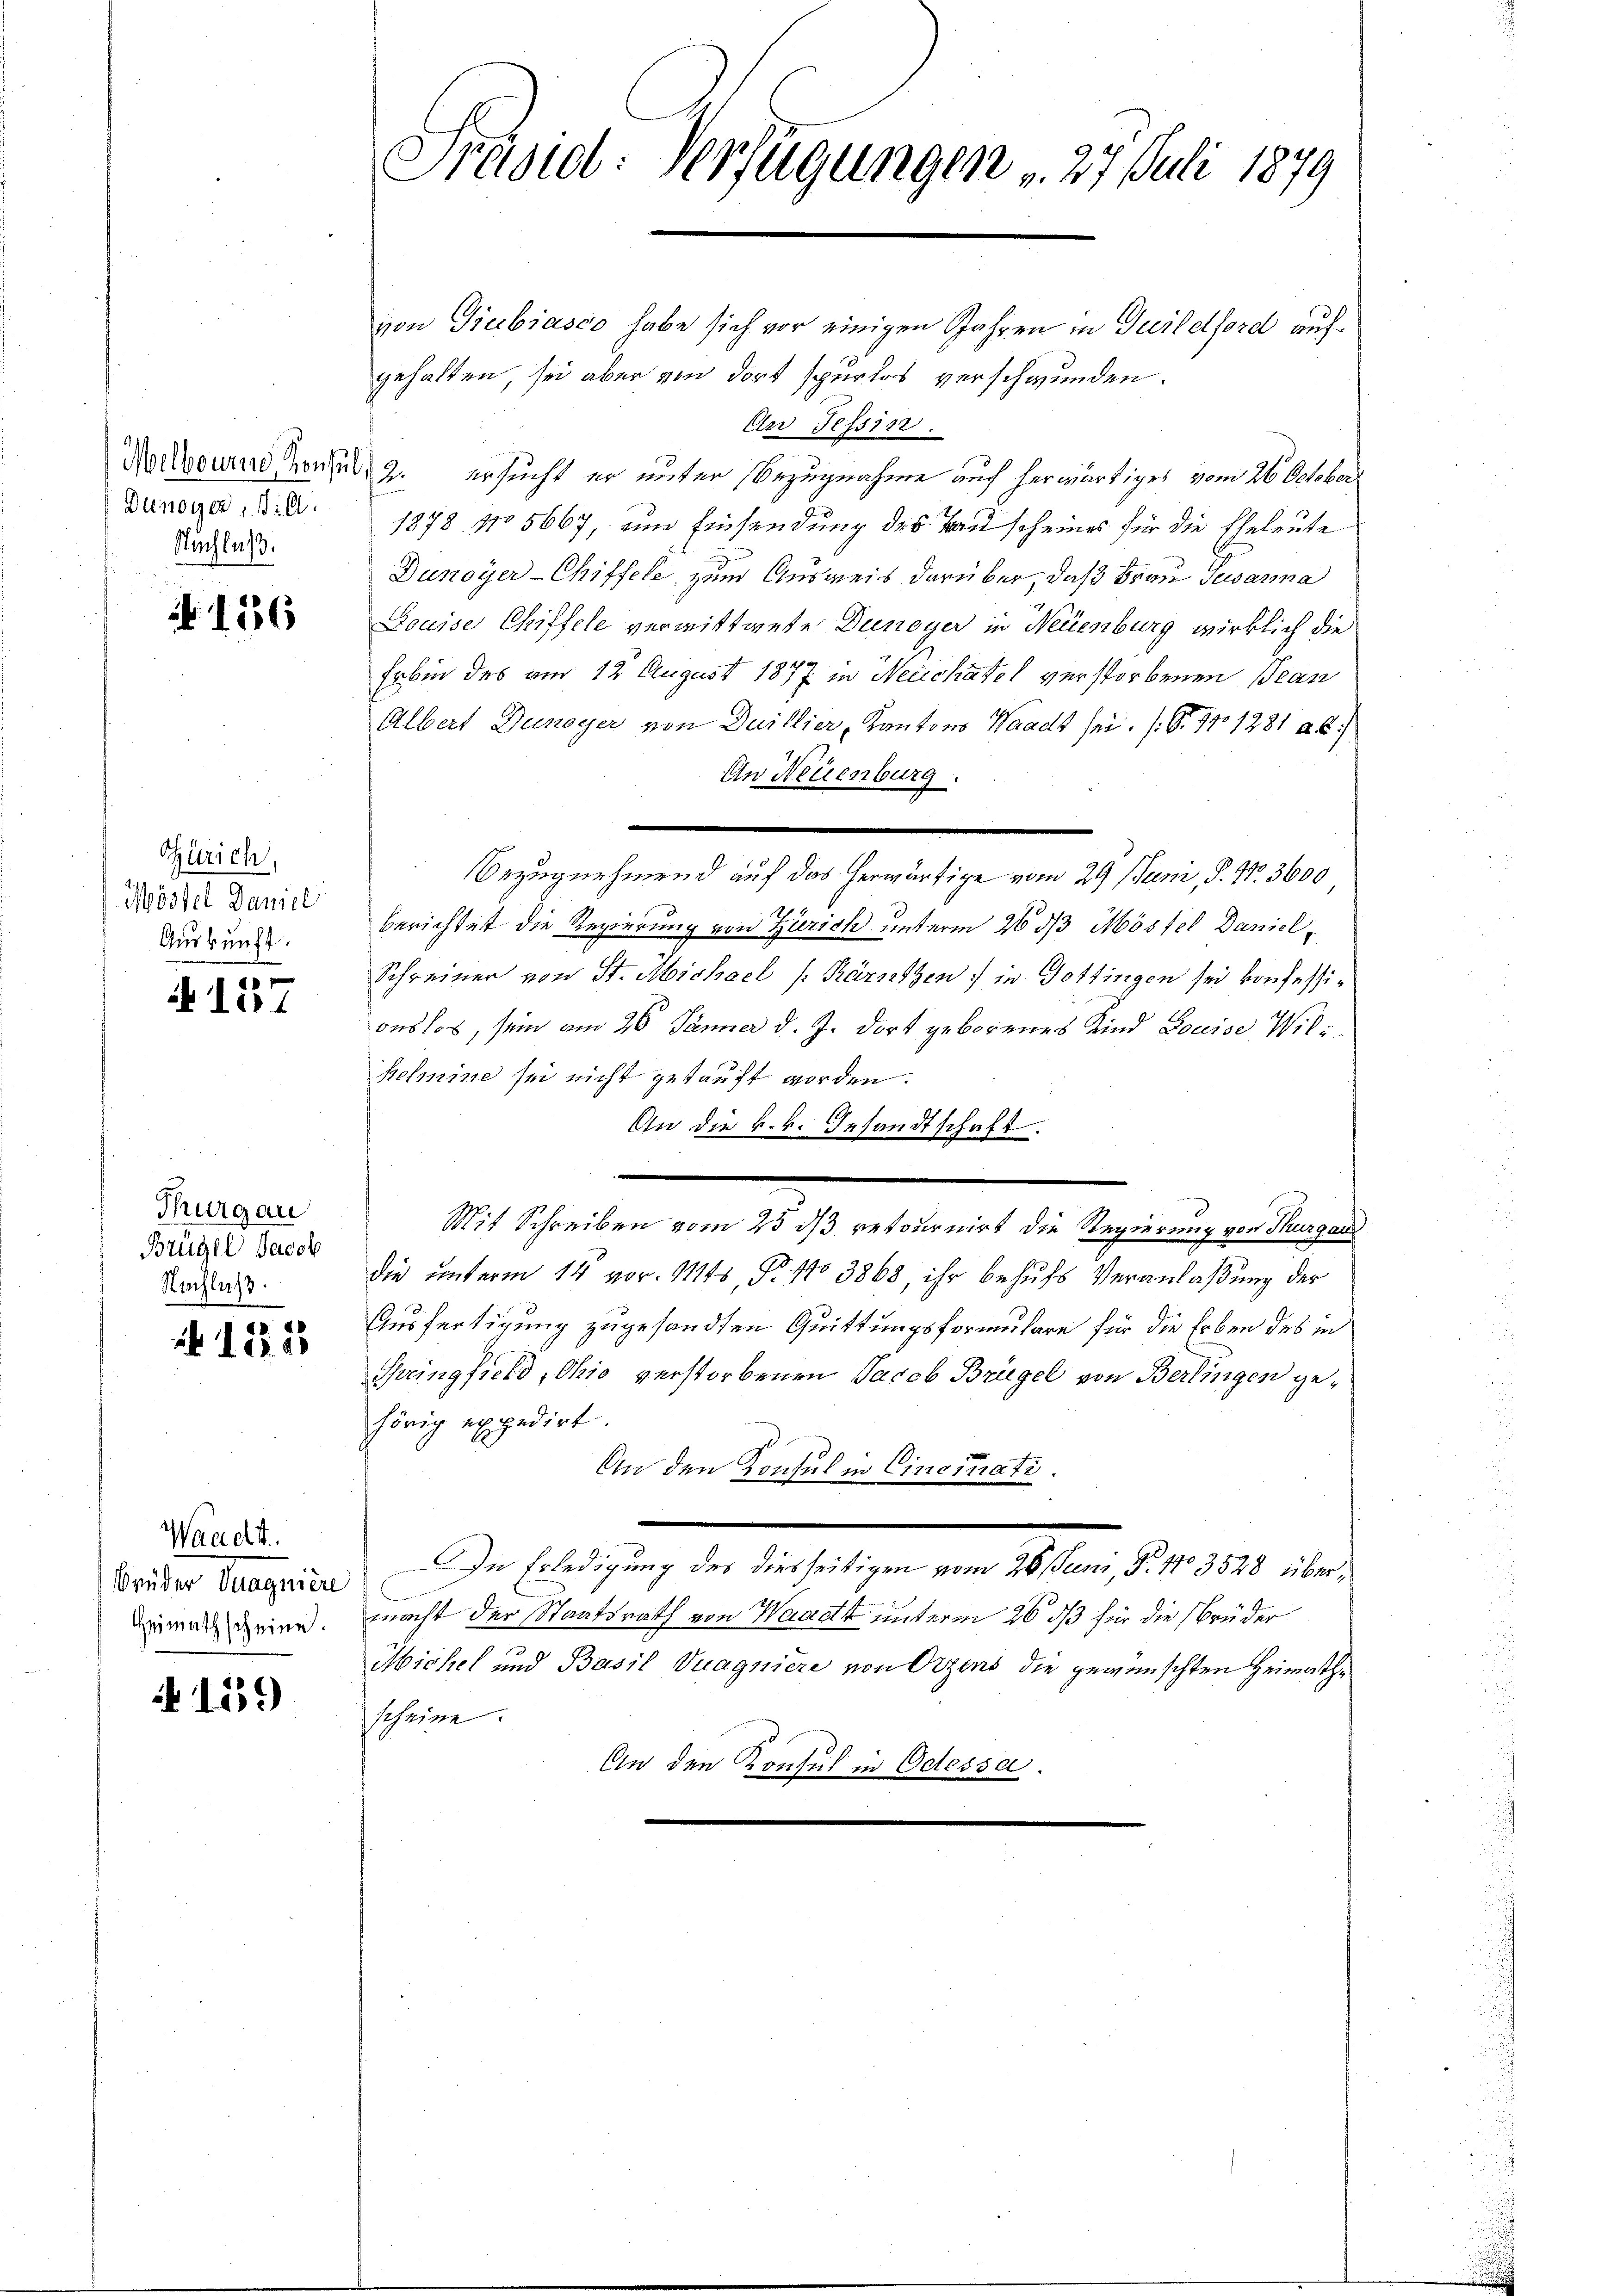
Denoyer l.
Nachlaß.

No 136

Zürich,
Möstel Daniel
Auskunft.

.
lirt

Thurgau
Brügel Jacob
Nachlaß.

No. 182

Waadt.
Brüder Vuagniere
Heimathscheine.

A 159

Präsid: Verfügungen v. 27. Juli 1879

von Giubiasco habe sich vor einigen Jahren in Guildford aufgehalten, sei aber von dort spurlos verschwunden.
An Tessin.
Malheurere Konsul, 2. ersucht er unter Bezugnahme auf herwärtiges vom 26. October
1878 No 5667, um Einsendung des Bau scheines für die Eheleute
Dunoyer-Chiffele zum Ausweis darüber, daß Frau Gesanna
Louise Chiffele verwittwete Dunoyer in Neuenburg wirklich die
Erbin des am 12 August 1877 in Neuchatel verstorbenen Bean
Albert Dunoyer von Duillier, Kantons Waadt sei. (O. No 1281 ab).
An Neuenburg.
Bezugnehmend auf das herwärtige vom 29 Juni, P. Nr. 3600
berichtet die Regierung von Zürich unterm 26 dß Möstel Daniel,
Schreiner von St. Michael /: Kärntzen, in Gottingen sei konfessionslos, sein am 26. Jänner d. J. dort geborenes Kind Doccise Wilhelmine sei nicht gekauft worden.
An die k.k. Gesandtschaft.
e
Mit Schreiben vom 25 ds retournirt die Regierung von Thurgau
die unterm 14 vor. Mts, N. 110 3868, ihr behufs Veranlaßung der
Ausfertigung zugesandten Quittungsformulare für die Erben des in
Springfield, Ohio verstorbenen Jacob Brügel von Berlingen gehörig expedirt.
An den Konsul in Cinciati.
In Erledigung des diesseitigen vom 28 stum, P. 1103528 übermacht der Staatsrath von Waadt unterm 26. ds für die Brüder
Michel und Basil Vuagniere von Ortens die gewünschten Heimathscheine.
An den Konsul in Odessa.